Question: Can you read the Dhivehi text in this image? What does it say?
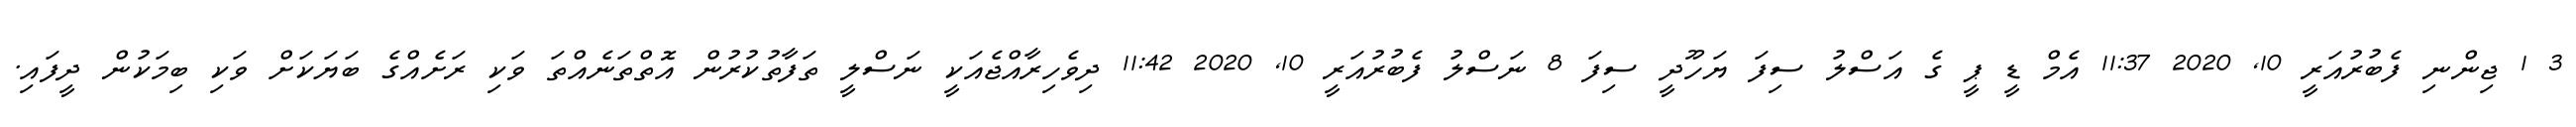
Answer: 3 1 ޖިންނި ފެބުރުއަރީ 10, 2020 11:37 އެމް ޑީ ޕީ ގެ އަސްލު ސިފަ ޔަހޫދީ ސިފަ 8 ނަސްލު ފެބުރުއަރީ 10, 2020 11:42 ދިވެހިރާއްޖެއަކީ ނަސްލީ ތަފާތުކުރުން އޮތްތަނެއްތަ ވަކި ރަށެއްގެ ބަޔަކަށް ވަކި ބިމަކުން ދީފައި.